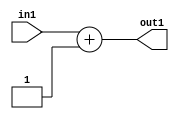
`timescale 1ps / 1ps
/*****************************************************************************
    Verilog RTL Description
    
    
    Created by: CellMath Designer 2019.1.01 
*******************************************************************************/

module float2fix_Add2i1s32_4_0 (
	in1,
	out1
	); /* architecture "behavioural" */ 
input [31:0] in1;
output [31:0] out1;
wire [31:0] asc001;

assign asc001 = 
	+(in1)
	+(32'B00000000000000000000000000000001);

assign out1 = asc001;
endmodule

/* CADENCE  ubP1Tgw= : u9/ySgnWtBlWxVPRXgAZ4Og= ** DO NOT EDIT THIS LINE ******/